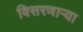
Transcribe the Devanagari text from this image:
विसरणाऱ्या